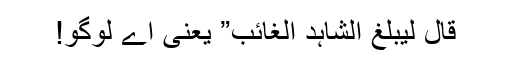
قال لیبلغ الشاہد الغائب” یعنی اے لوگو!